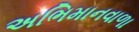
અભિમાનવાળા